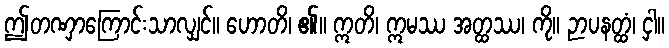
ဤတဏှာကြောင်းသာလျှင်။ ဟောတိ၊ ၏။ ဣတိ၊ ဣမဿ အတ္ထဿ၊ ကို။ ဉာပနတ္ထံ၊ ငှါ။